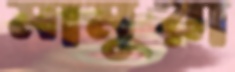
মামুরা